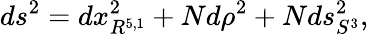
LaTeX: ds^{2}=dx_{R^{5,1}}^{2}+Nd\rho^{2}+Nds_{S^{3}}^{2},